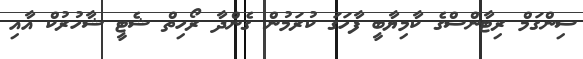
ސިންގަމް ރިޓާންސްގެ ކާމިޔާބީ ފާހަގަ ކުރަމުން ގެންދާ ރޯހިތް ޝެޓީ ޝާހުރުކް އާއި